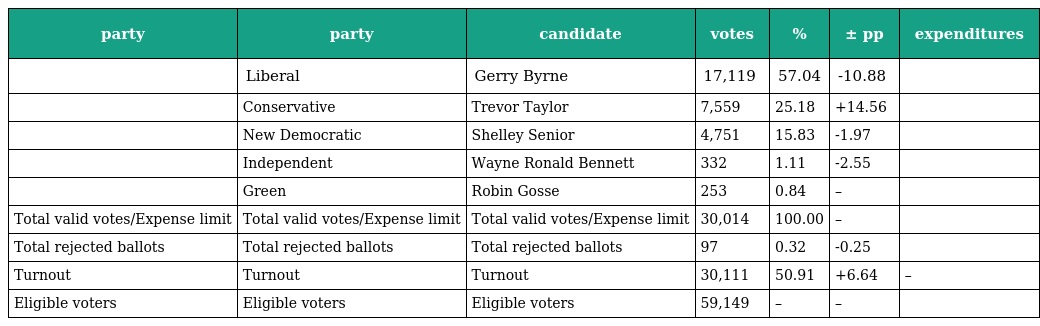
| party | party | candidate | votes | % | ± pp | expenditures |
 | --- | --- | --- | --- | --- | --- | --- |
 |  | Liberal | Gerry Byrne | 17,119 | 57.04 | -10.88 |  |
 |  | Conservative | Trevor Taylor | 7,559 | 25.18 | +14.56 |  |
 |  | New Democratic | Shelley Senior | 4,751 | 15.83 | -1.97 |  |
 |  | Independent | Wayne Ronald Bennett | 332 | 1.11 | -2.55 |  |
 |  | Green | Robin Gosse | 253 | 0.84 | – |  |
 | Total valid votes/Expense limit | Total valid votes/Expense limit | Total valid votes/Expense limit | 30,014 | 100.00 | – |  |
 | Total rejected ballots | Total rejected ballots | Total rejected ballots | 97 | 0.32 | -0.25 |  |
 | Turnout | Turnout | Turnout | 30,111 | 50.91 | +6.64 | – |
 | Eligible voters | Eligible voters | Eligible voters | 59,149 | – | – |  |